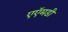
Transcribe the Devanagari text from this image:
एऍमडी